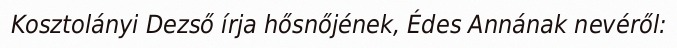
Kosztolányi Dezső írja hősnőjének, Édes Annának nevéről: